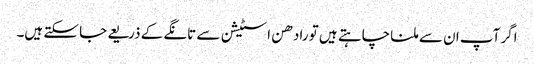
اگر آپ ان سے ملنا چاہتے ہیں تو رادھن اسٹیشن سے تانگے کے ذریعے جا سکتے ہیں۔